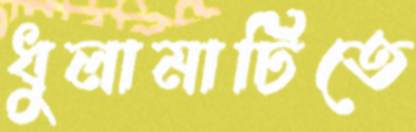
ধুলামাটিতে